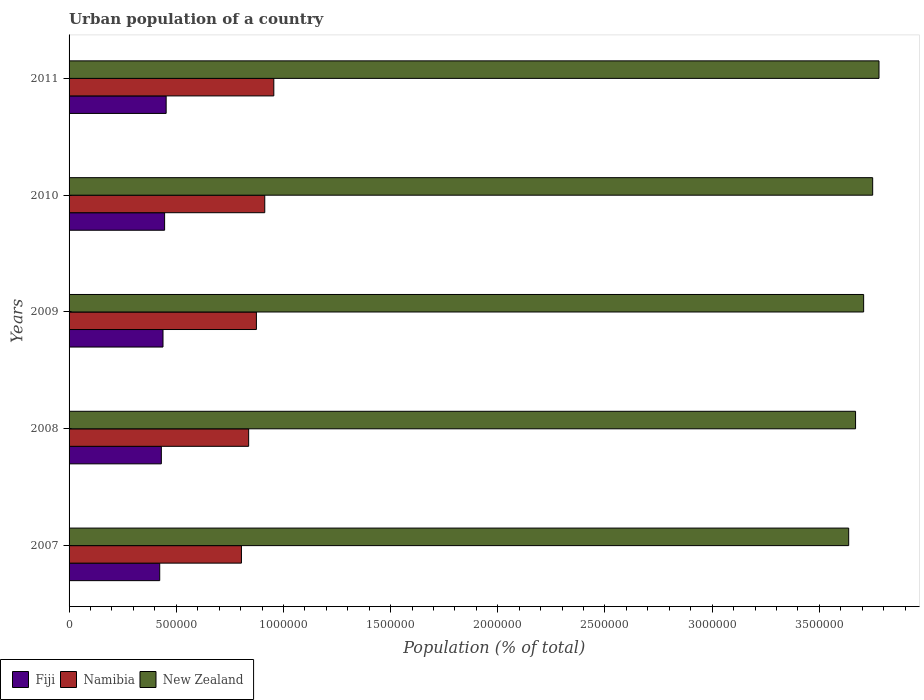
| Years | Fiji | Namibia | New Zealand |
 | --- | --- | --- | --- |
 | 2007 | 4.23e+05 | 8.04e+05 | 3.64e+06 |
 | 2008 | 4.3e+05 | 8.38e+05 | 3.67e+06 |
 | 2009 | 4.38e+05 | 8.74e+05 | 3.71e+06 |
 | 2010 | 4.46e+05 | 9.13e+05 | 3.75e+06 |
 | 2011 | 4.53e+05 | 9.55e+05 | 3.78e+06 |